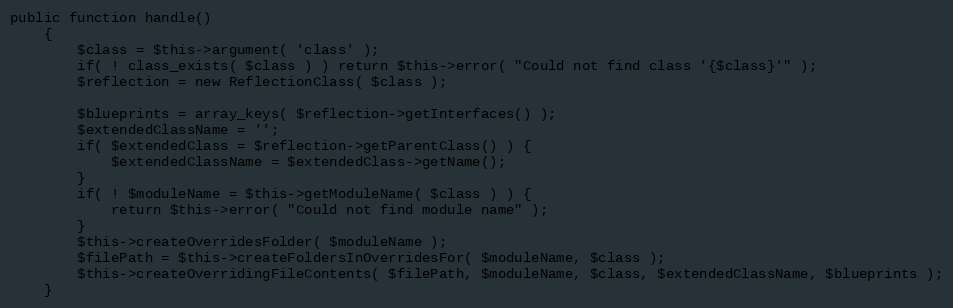
Language: PHP
public function handle()
    {
        $class = $this->argument( 'class' );
        if( ! class_exists( $class ) ) return $this->error( "Could not find class '{$class}'" );
        $reflection = new ReflectionClass( $class );

        $blueprints = array_keys( $reflection->getInterfaces() );
        $extendedClassName = '';
        if( $extendedClass = $reflection->getParentClass() ) {
            $extendedClassName = $extendedClass->getName();
        }
        if( ! $moduleName = $this->getModuleName( $class ) ) {
            return $this->error( "Could not find module name" );
        }
        $this->createOverridesFolder( $moduleName );
        $filePath = $this->createFoldersInOverridesFor( $moduleName, $class );
        $this->createOverridingFileContents( $filePath, $moduleName, $class, $extendedClassName, $blueprints );
    }